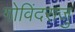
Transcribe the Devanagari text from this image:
गोविंदराजु